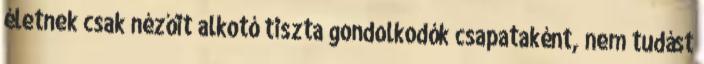
életnek csak nézőit alkotó tiszta gondolkodók csapataként, nem tudást